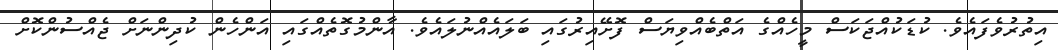
އިތުރުވެފައެވެ. ކުޑަކުއްޖަކަސް މީހެއްގެ އަތްބެއްވިޔަސް ފޮށޭއިރުގައި ބަލައެއްނުލައެވެ. އާންމުގޮތެއްގައި އަންހެން ކުދިންނަށް ޖެއްސުންކޮށް